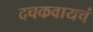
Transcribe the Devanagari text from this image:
दचकवायचं